Medical and sanitary report of the native army of Bengal for the year
Year: 1874
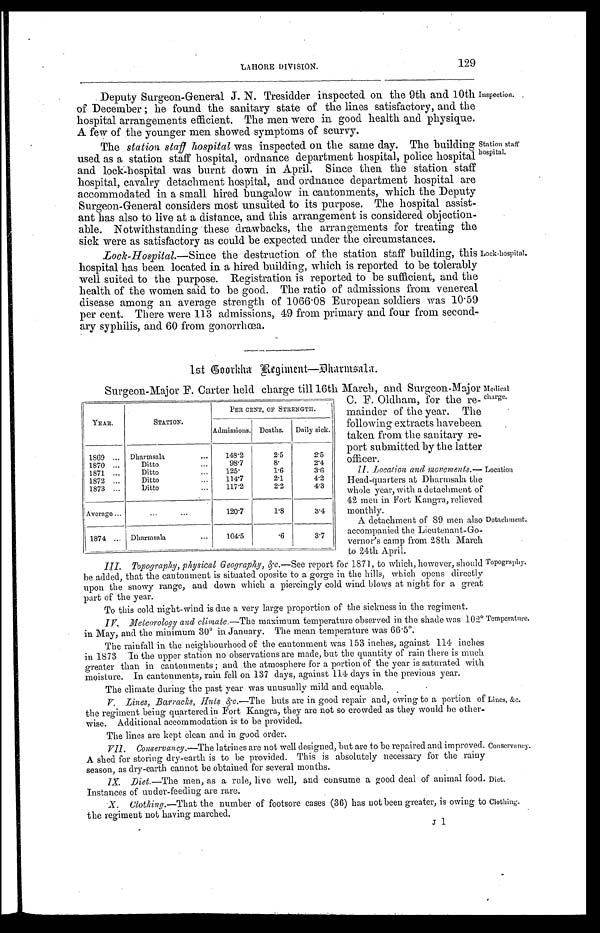
II. Location and movements.
— H e a d - q u a r t e r s a t D h a r m s a l a t h e
whole year, with a detachment of
42 men in Fort Kangra, relieved
monthly.
A detachment of 89 men also
accompanied the Lieutenant-Go
-
vernor's camp from 28th March
to 24th April.
Location
Detachment.
Diet.
Clothing.
LAHORE DIVISION.
129
Deputy Surgeon-General J. N. Tresidder inspected on the 9th and 10th
of December ; he found the sanitary state of the lines satisfactory, and the
hospital arrangements efficient. The men were in good health and physique.
A few of the younger men showed symptoms of scurvy.
The station staff hospital was inspected on the same day. The building
used as a station staff hospital, ordnance department hospital, police hospital
and lock-hospital was burnt down in April. Since then the station staff
hospital, cavalry detachment hospital, and ordnance department hospital are
accommodated in a small hired bungalow in cantonments, which the Deputy
Surgeon-General considers most unsuited to its purpose. The hospital assist
-
ant has also to live at a distance, and this arrangement is considered objection
-
able. Notwithstanding these drawbacks, the arrangements for treating the
sick were as satisfactory as could be expected under the circumstances.
Inspection.
Station staff
hospital.
Lock-Hospital.— Since the destruction of the station staff building, this
hospital has been located in a hired building, which is reported to be tolerably
well suited to the purpose. Registration is reported to be sufficient, and the
health of the women said to be good. The ratio of admissions from venereal
disease among an average strength of 1066.08 European soldiers was 10.59
per cent. There were 113 admissions, 49 from primary and four from second
-
ary syphilis, and 60 from gonorrhœa.
Lock-hospital.
1st Coorkha Regiment—Dharmsala.
YEAR.
STATION.
PER CENT, or STRENGTH.
Admissions. Deaths.
Daily sick.
1869 . . .
Dharmsala . . .
148.2
2.5
2.5
1870 . . .
D i t t o . . .
98.7
8 .
2.4
1871 . . .
Ditto . . .
125.
1 . 6
3.6
1872 . . .
Ditto . . .
114.7
2.1
4.2
1873 . . .
D i t t o . . .
117.2
2.2
4.3
Average . . .
120.7
1.8
3.4
1874 . . . Dharmsala . . .
104.5
.6
3.7
III. Topography, physical Geography, &c— See report for 1871, to which, however, should
be added, that the cantonment is situated oposite to a gorge in the hills, which opens directly
upon the snowy range, and down which a piercingly cold wind blows at night for a great
part of the year.
To this cold night-wind is due a very large proportion of the sickness in the regiment.
IV. Meteorology and climate.— The maximum temperature observed in the shade was 102º
in May, and the minimum 30° in January. The mean temperature was 66.5°.
The rainfall in the neighbourhood of the cantonment was 153 inches, against 114 inches
in 1873 In the upper station no observations are made, but the quantity of rain there is much
greater than in cantonments ; and the atmosphere for a portion of the year is saturated with
moisture. In cantonments, rain fell on 137 days, against 114 days in the previous year.
The climate during the past year was unusually mild and equable.
Surgeon-Major F. Carter held charge till 16th March, and Surgeon-Major
C. F. Oldham, for the re
-
mainder of the year. The
following extracts havebeen
taken from the sanitary re
-
port submitted by the latter
officer.
Medical
charge.
Topography,
Temperature.
V. Lines, Barracks, Huts &c.— The huts are in good repair and, owing to a portion of
the regiment being quartered in Fort Kangra, they are not so crowded as they would be other
-
wise. Additional accommodation is to be provided.
The lines are kept clean and in good order.
VII. Conservancy.— The latrines are not well designed, but are to be repaired and improved.
A shed for storing dry-earth is to be provided. This is absolutely necessary for the rainy
season, as dry-earth cannot be obtained for several months.
IX. Diet.— The men, as a rule, live well, and consume a good deal of animal food.
Instances of under-feeding are rare.
X. Clothing.— That the number of footsore cases (36) has not been greater, is owing to
the regiment not having marched.
Lines, &c.
Conservancy.
J 1